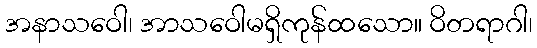
အနာသဝေါ၊ အာသဝေါမရှိကုန်ထသော။ ဝိတရာဂါ၊